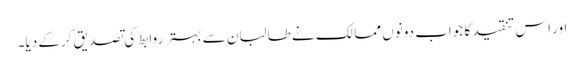
اور اس تنقید کا جواب دونوں ممالک نے طالبان سے بہتر روابط کی تصدیق کرکے دیا۔